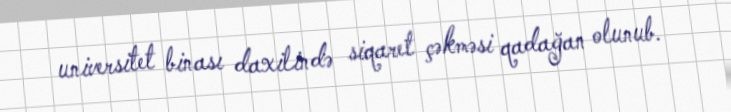
universitet binası daxilində siqaret çəkməsi qadağan olunub.